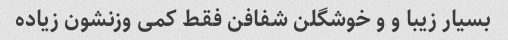
بسیار زیبا و و خوشگلن شفافن فقط کمی وزنشون زیاده